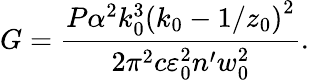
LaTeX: G=\frac{P\alpha^{2}k_{0}^{3}\left(k_{0}-1/z_{0}\right)^{2}}{2\pi^{2}c\varepsilon_{0}^{2}n^{\prime}w_{0}^{2}}.